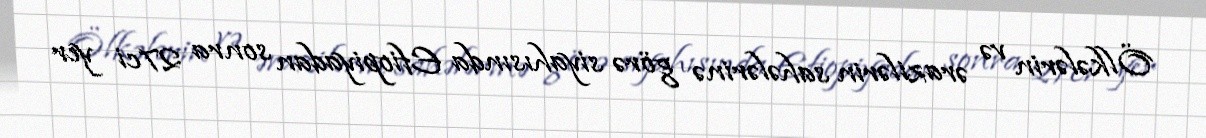
Ölkələrin və ərazilərin sahələrinə görə siyahısında Efiopiyadan sonra 27ci yer